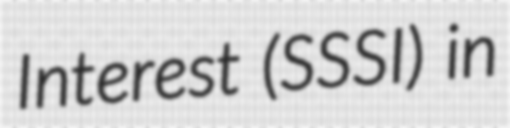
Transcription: Interest (SSSI) in